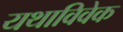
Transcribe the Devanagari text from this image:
यथाविवेक